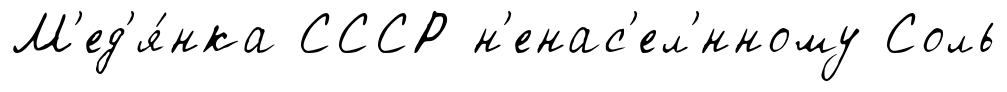
М'ед'я́нка СССР н'енас'ел'́нному Соль